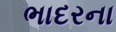
ભાદરના